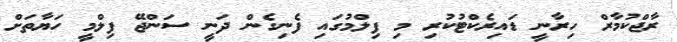
ރާޖްކުމާރް ހިރާނީ ޑައިރެކްޓުކުރި މި ފިލްމުގައި ފެނިގެން ދަނީ ސަންޖޭ ފިލްމީ ހަޔާތަށް